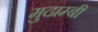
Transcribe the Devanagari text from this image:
मुदाम्बी